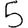
Digit: 5